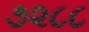
૭૨૮૮